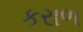
કરાળ